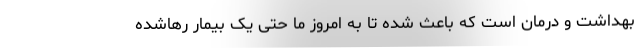
بهداشت و درمان است که باعث شده تا به امروز ما حتی یک بیمار رهاشده